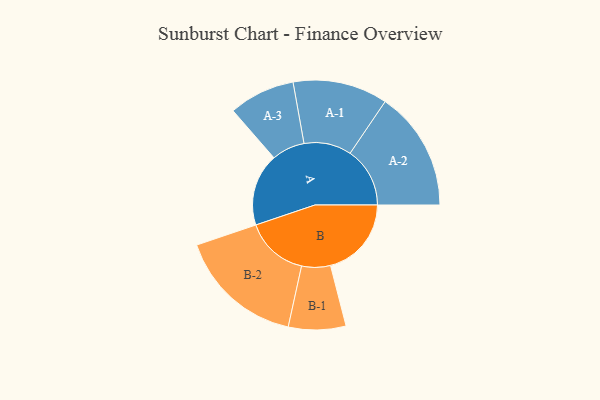
{"axis": {"x": "Segment", "y": "Value"}, "legend": ["", "A", "B"], "data": [{"x": "A", "y": 333, "type": ""}, {"x": "B", "y": 372, "type": ""}, {"x": "A-1", "y": 218, "type": "A"}, {"x": "A-2", "y": 275, "type": "A"}, {"x": "A-3", "y": 152, "type": "A"}, {"x": "B-1", "y": 132, "type": "B"}, {"x": "B-2", "y": 290, "type": "B"}]}